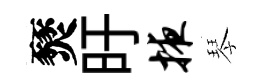
燹旴掖琴